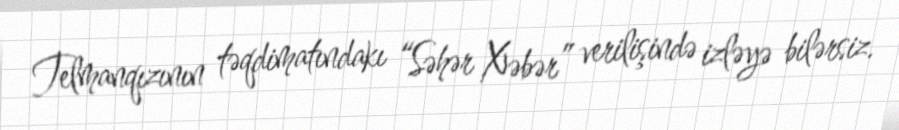
Telmanqızının təqdimatındakı “Səhər Xəbər” verilişində izləyə bilərsiz.